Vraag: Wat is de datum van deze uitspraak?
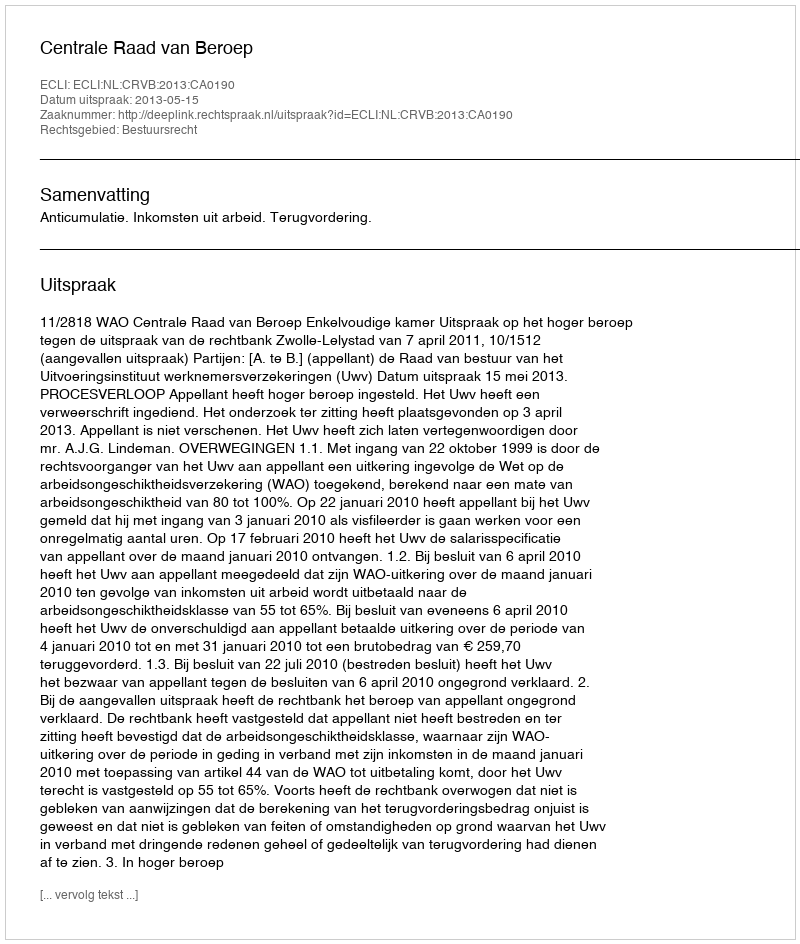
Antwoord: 2013-05-15